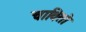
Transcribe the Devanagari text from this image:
चावितो